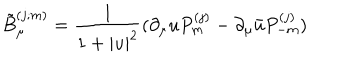
\tilde { B } _ { \mu } ^ { ( j ; m ) } = \frac { 1 } { 1 + | u | ^ { 2 } } ( \partial _ { \mu } u P _ { m } ^ { ( j ) } - \partial _ { \mu } \bar { u } P _ { - m } ^ { ( j ) } )